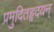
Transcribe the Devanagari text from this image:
प्रमुदितहृदयन्